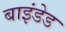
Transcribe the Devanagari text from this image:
बाइंडेड